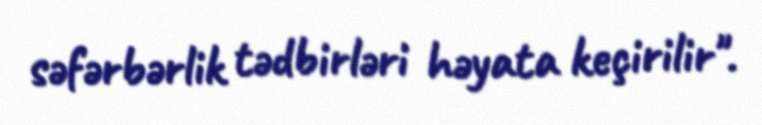
səfərbərlik tədbirləri həyata keçirilir".